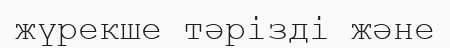
жүрекше тәрізді және